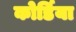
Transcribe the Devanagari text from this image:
कोर्डिया